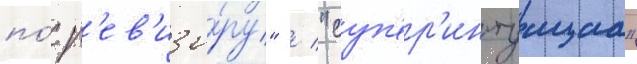
по́ р'ев'изо́ру" / "суп'ер'интуициа"